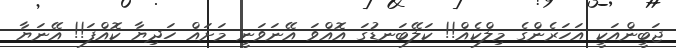
ޖަބީންއަކީ އަހަރެންގެ މިލްކެއް!! ކަލޭބަނޑުގަ އޮއްވަ އޭނަވަނީ މަށައް ހަދިޔާ ކޮއްފަ!! އޭނަޔާ